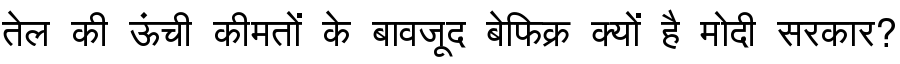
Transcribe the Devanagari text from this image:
तेल की ऊंची कीमतों के बावजूद बेफिक्र क्यों है मोदी सरकार?